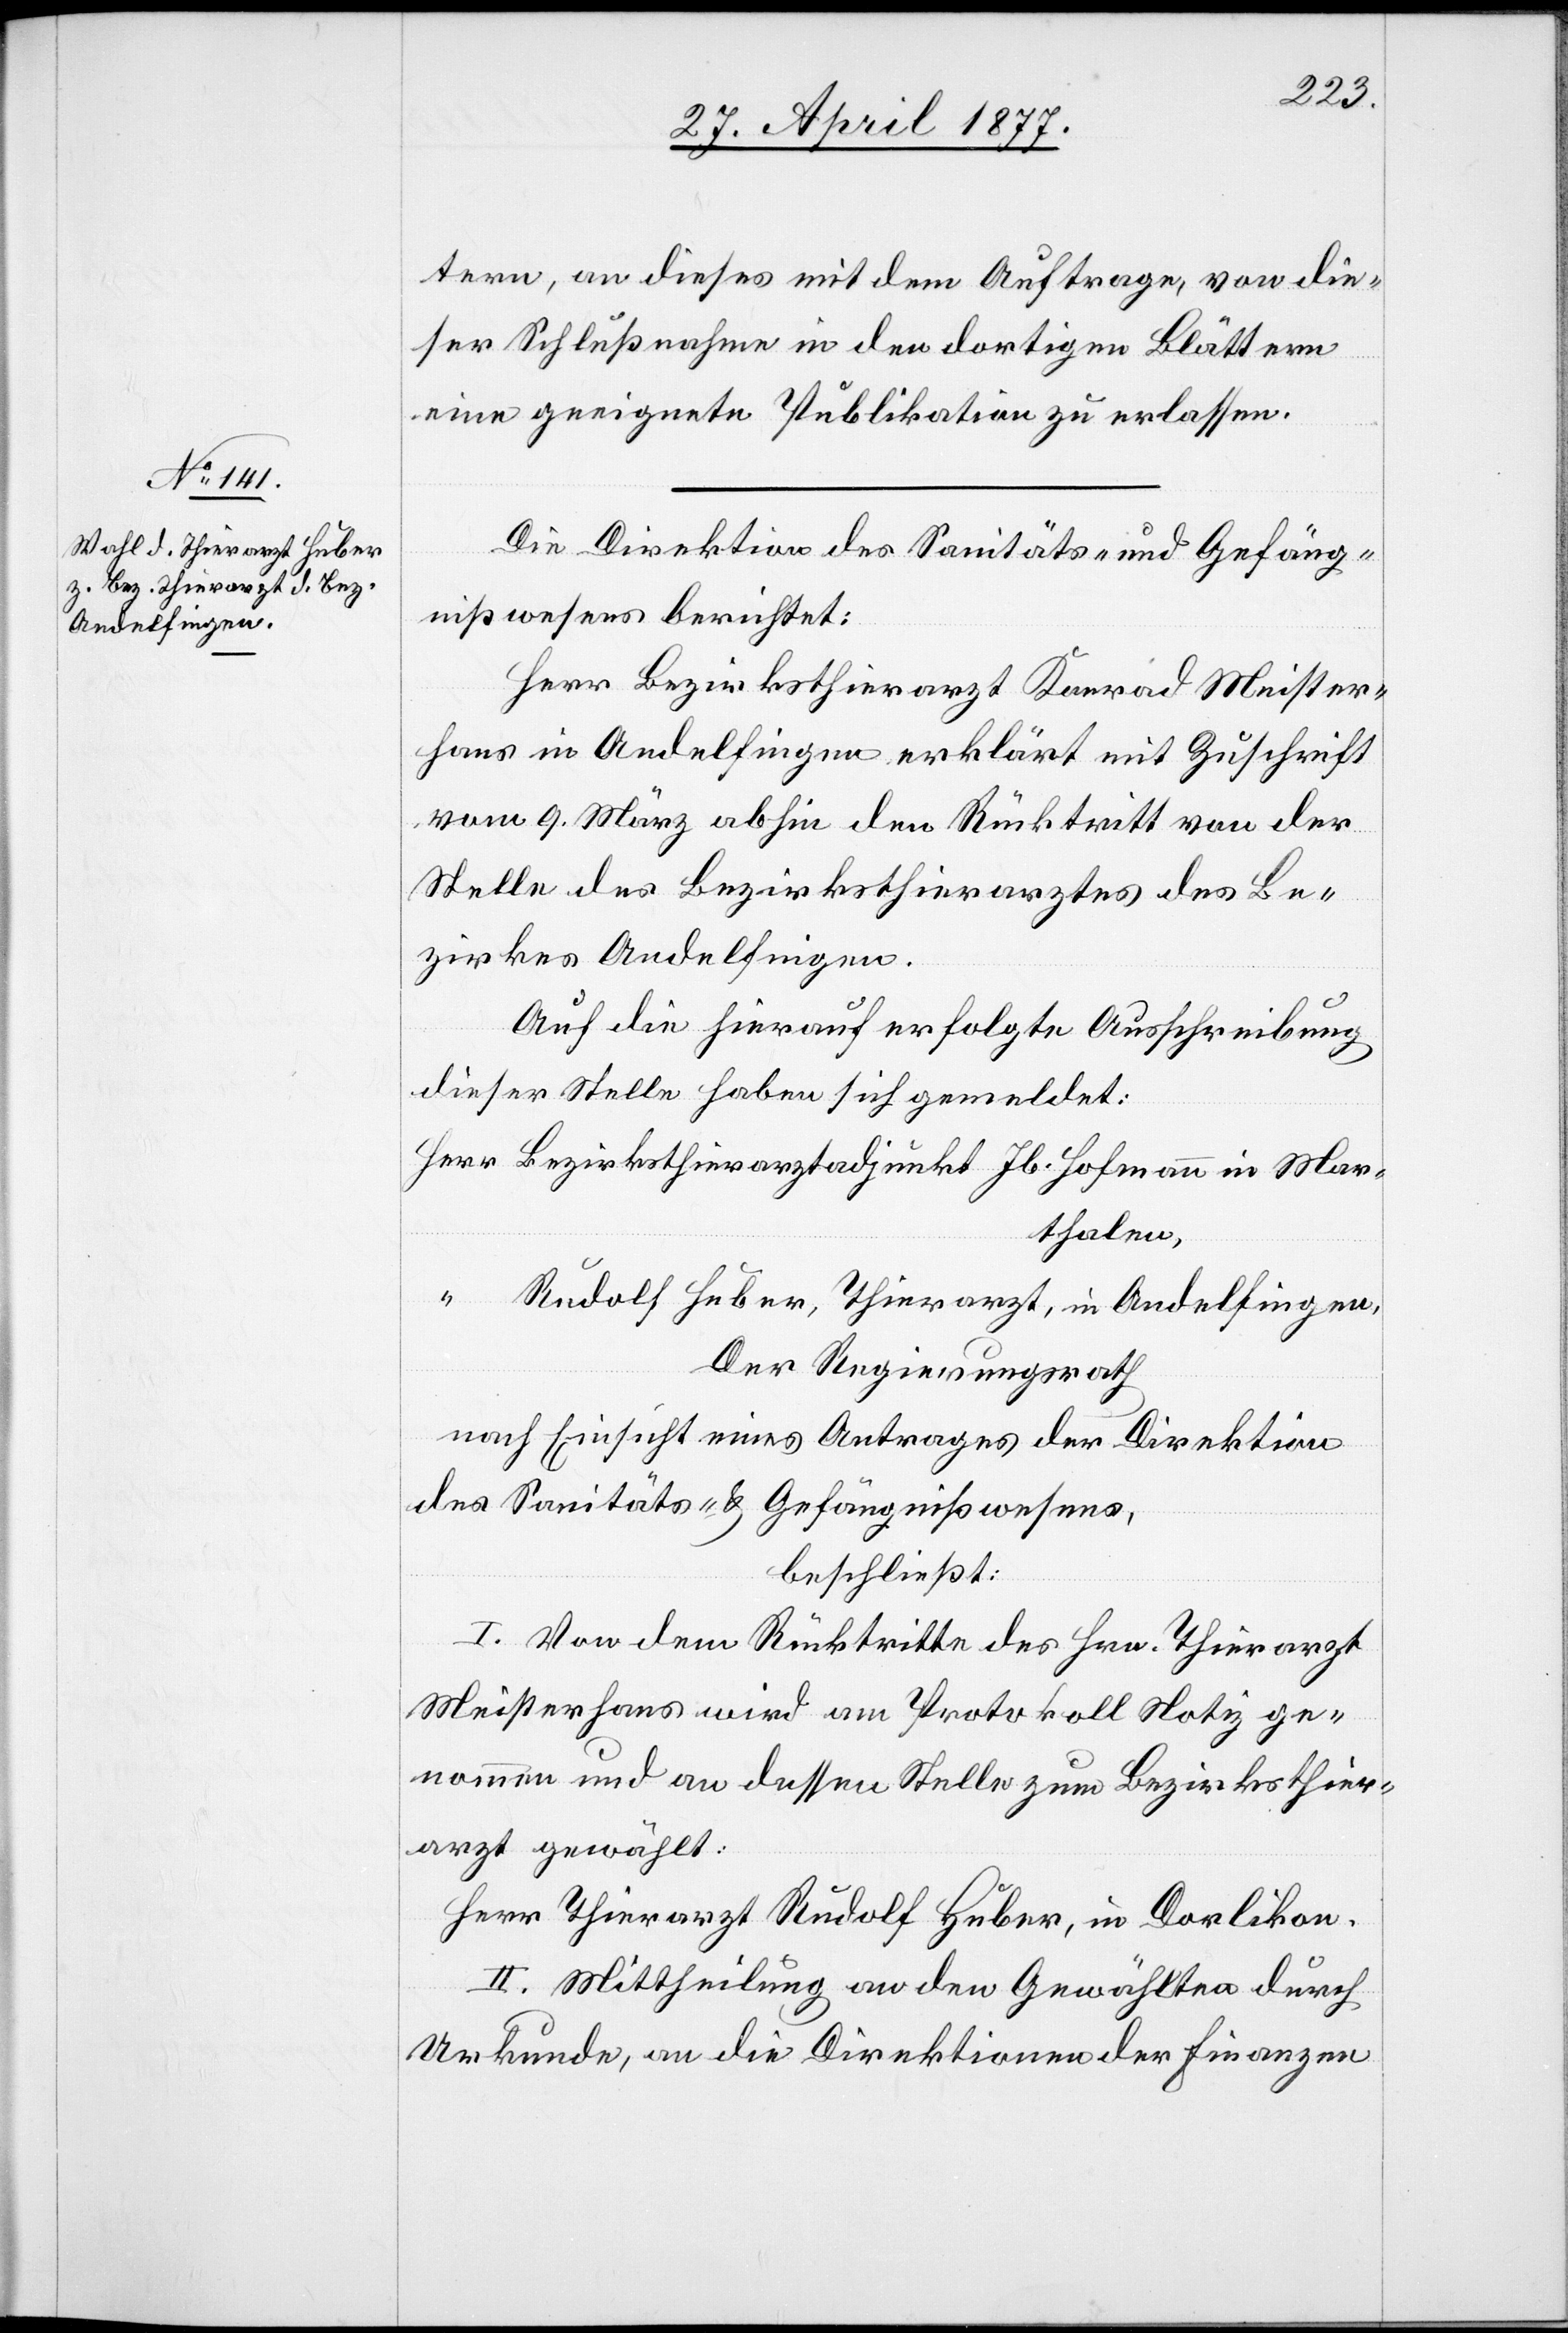
tern, an dieses mit dem Auftrage, von die¬
ser Schlußnahme in den dortigen Blättern
eine geeignete Publikation zu erlassen.
Die Direktion des Sanitäts- und Gefäng¬
nißwesens berichtet:
Herr Bezirksthierarzt Konrad Meister¬
hans in Andelfingen erklärt mit Zuschrift
vom 9. März abhin den Rücktritt von der
Stelle des Bezirksthierarztes des Be¬
zirkes Andelfingen.
Auf die hierauf erfolgte Ausschreibung
dieser Stelle haben sich gemeldet:
Herr Bezirksthierarztadjunkt Jb. Hofmann in Mar¬
thalen,
“ Rudolf Huber, Thierarzt, in Andelfingen.
Der Regierungsrath,
nach Einsicht eines Antrages der Direktion
des Sanitäts- & Gefängnißwesens,
beschließt:
I. Von dem Rücktritte des Hrn. Thierarzt
Meisterhans wird am Protokoll Notiz ge¬
nommen und an dessen Stelle zum Bezirksthier¬
arzt gewählt:
Herr Thierarzt Rudolf Huber, in Dorlikon
II. Mittheilung an den Gewählten durch
Urkunde, an die Direktionen der Finanzen